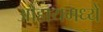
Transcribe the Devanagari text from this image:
ओहायमध्ये